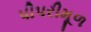
પીપરીમૂળ